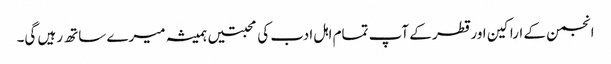
انجمن کے اراکین اور قطر کے آپ تمام اہل ادب کی محبتیں ہمیشہ میرے ساتھ رہیں گی۔